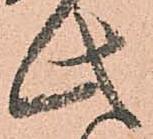
此